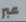
عبر